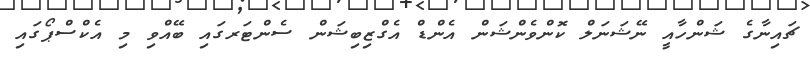
ޗައިނާގެ ޝަންހާއީ ނޭޝަނަލް ކޮންވެންޝަން އެންޑް އެގްޒިބިޝަން ސެންޓަރގައި ބޭއްވި މި އެކްސްޕޯގައި